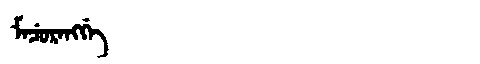
Manchu: ᠮᠠᠴᡠᡵᠠᠩᡤᡝ
Romanization: MACURANGGE